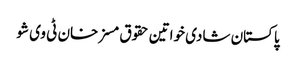
پاکستان شادی خواتین حقوق مسز خان ٹی وی شو